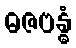
ဓဇဗန္ဓံ